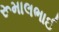
રૂમાલભાઈ